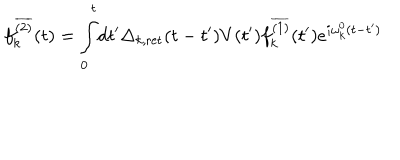
f _ { k } ^ { \overline { { { ( 2 ) } } } } ( t ) = \int _ { 0 } ^ { t } \! \mathrm { d } t ^ { \prime } \Delta _ { k , \mathrm { r e t } } ( t - t ^ { \prime } ) V ( t ^ { \prime } ) f _ { k } ^ { \overline { { { ( 1 ) } } } } ( t ^ { \prime } ) e ^ { i \omega _ { k } ^ { 0 } ( t - t ^ { \prime } ) }